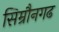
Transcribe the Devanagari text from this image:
सिम्रौनगढ